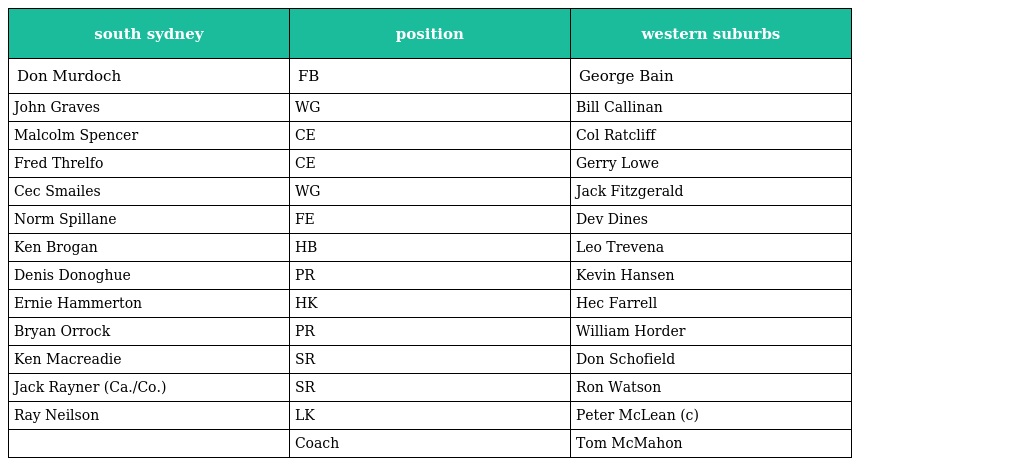
| south sydney | position | western suburbs |
 | --- | --- | --- |
 | Don Murdoch | FB | George Bain |
 | John Graves | WG | Bill Callinan |
 | Malcolm Spencer | CE | Col Ratcliff |
 | Fred Threlfo | CE | Gerry Lowe |
 | Cec Smailes | WG | Jack Fitzgerald |
 | Norm Spillane | FE | Dev Dines |
 | Ken Brogan | HB | Leo Trevena |
 | Denis Donoghue | PR | Kevin Hansen |
 | Ernie Hammerton | HK | Hec Farrell |
 | Bryan Orrock | PR | William Horder |
 | Ken Macreadie | SR | Don Schofield |
 | Jack Rayner (Ca./Co.) | SR | Ron Watson |
 | Ray Neilson | LK | Peter McLean (c) |
 |  | Coach | Tom McMahon |